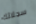
سجلاتك